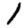
Digit: 1